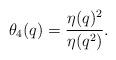
LaTeX: \begin{align*}\theta_4(q)=\frac{\eta(q)^2}{\eta(q^2)}.\end{align*}